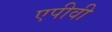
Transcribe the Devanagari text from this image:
एपीवी